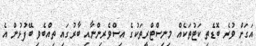
އަގަށް ވުރެ ބޮޑެތި ކަޓުތަކެއް މިނިސްޓްރީތަކުގެ އިސްވެރިންނާއި ބާރުގައި ތިއްބެވި ބޭފުޅުން އެ